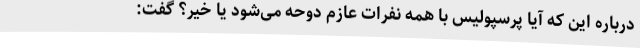
درباره این که آیا پرسپولیس با همه نفرات عازم دوحه می‌شود یا خیر؟ گفت: